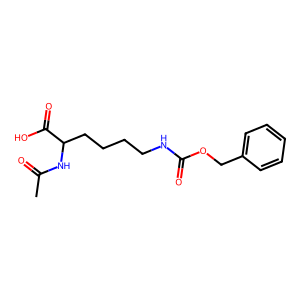
SMILES: CC(=O)NC(CCCCNC(=O)OCc1ccccc1)C(=O)O
Inhibits HIV replication: No